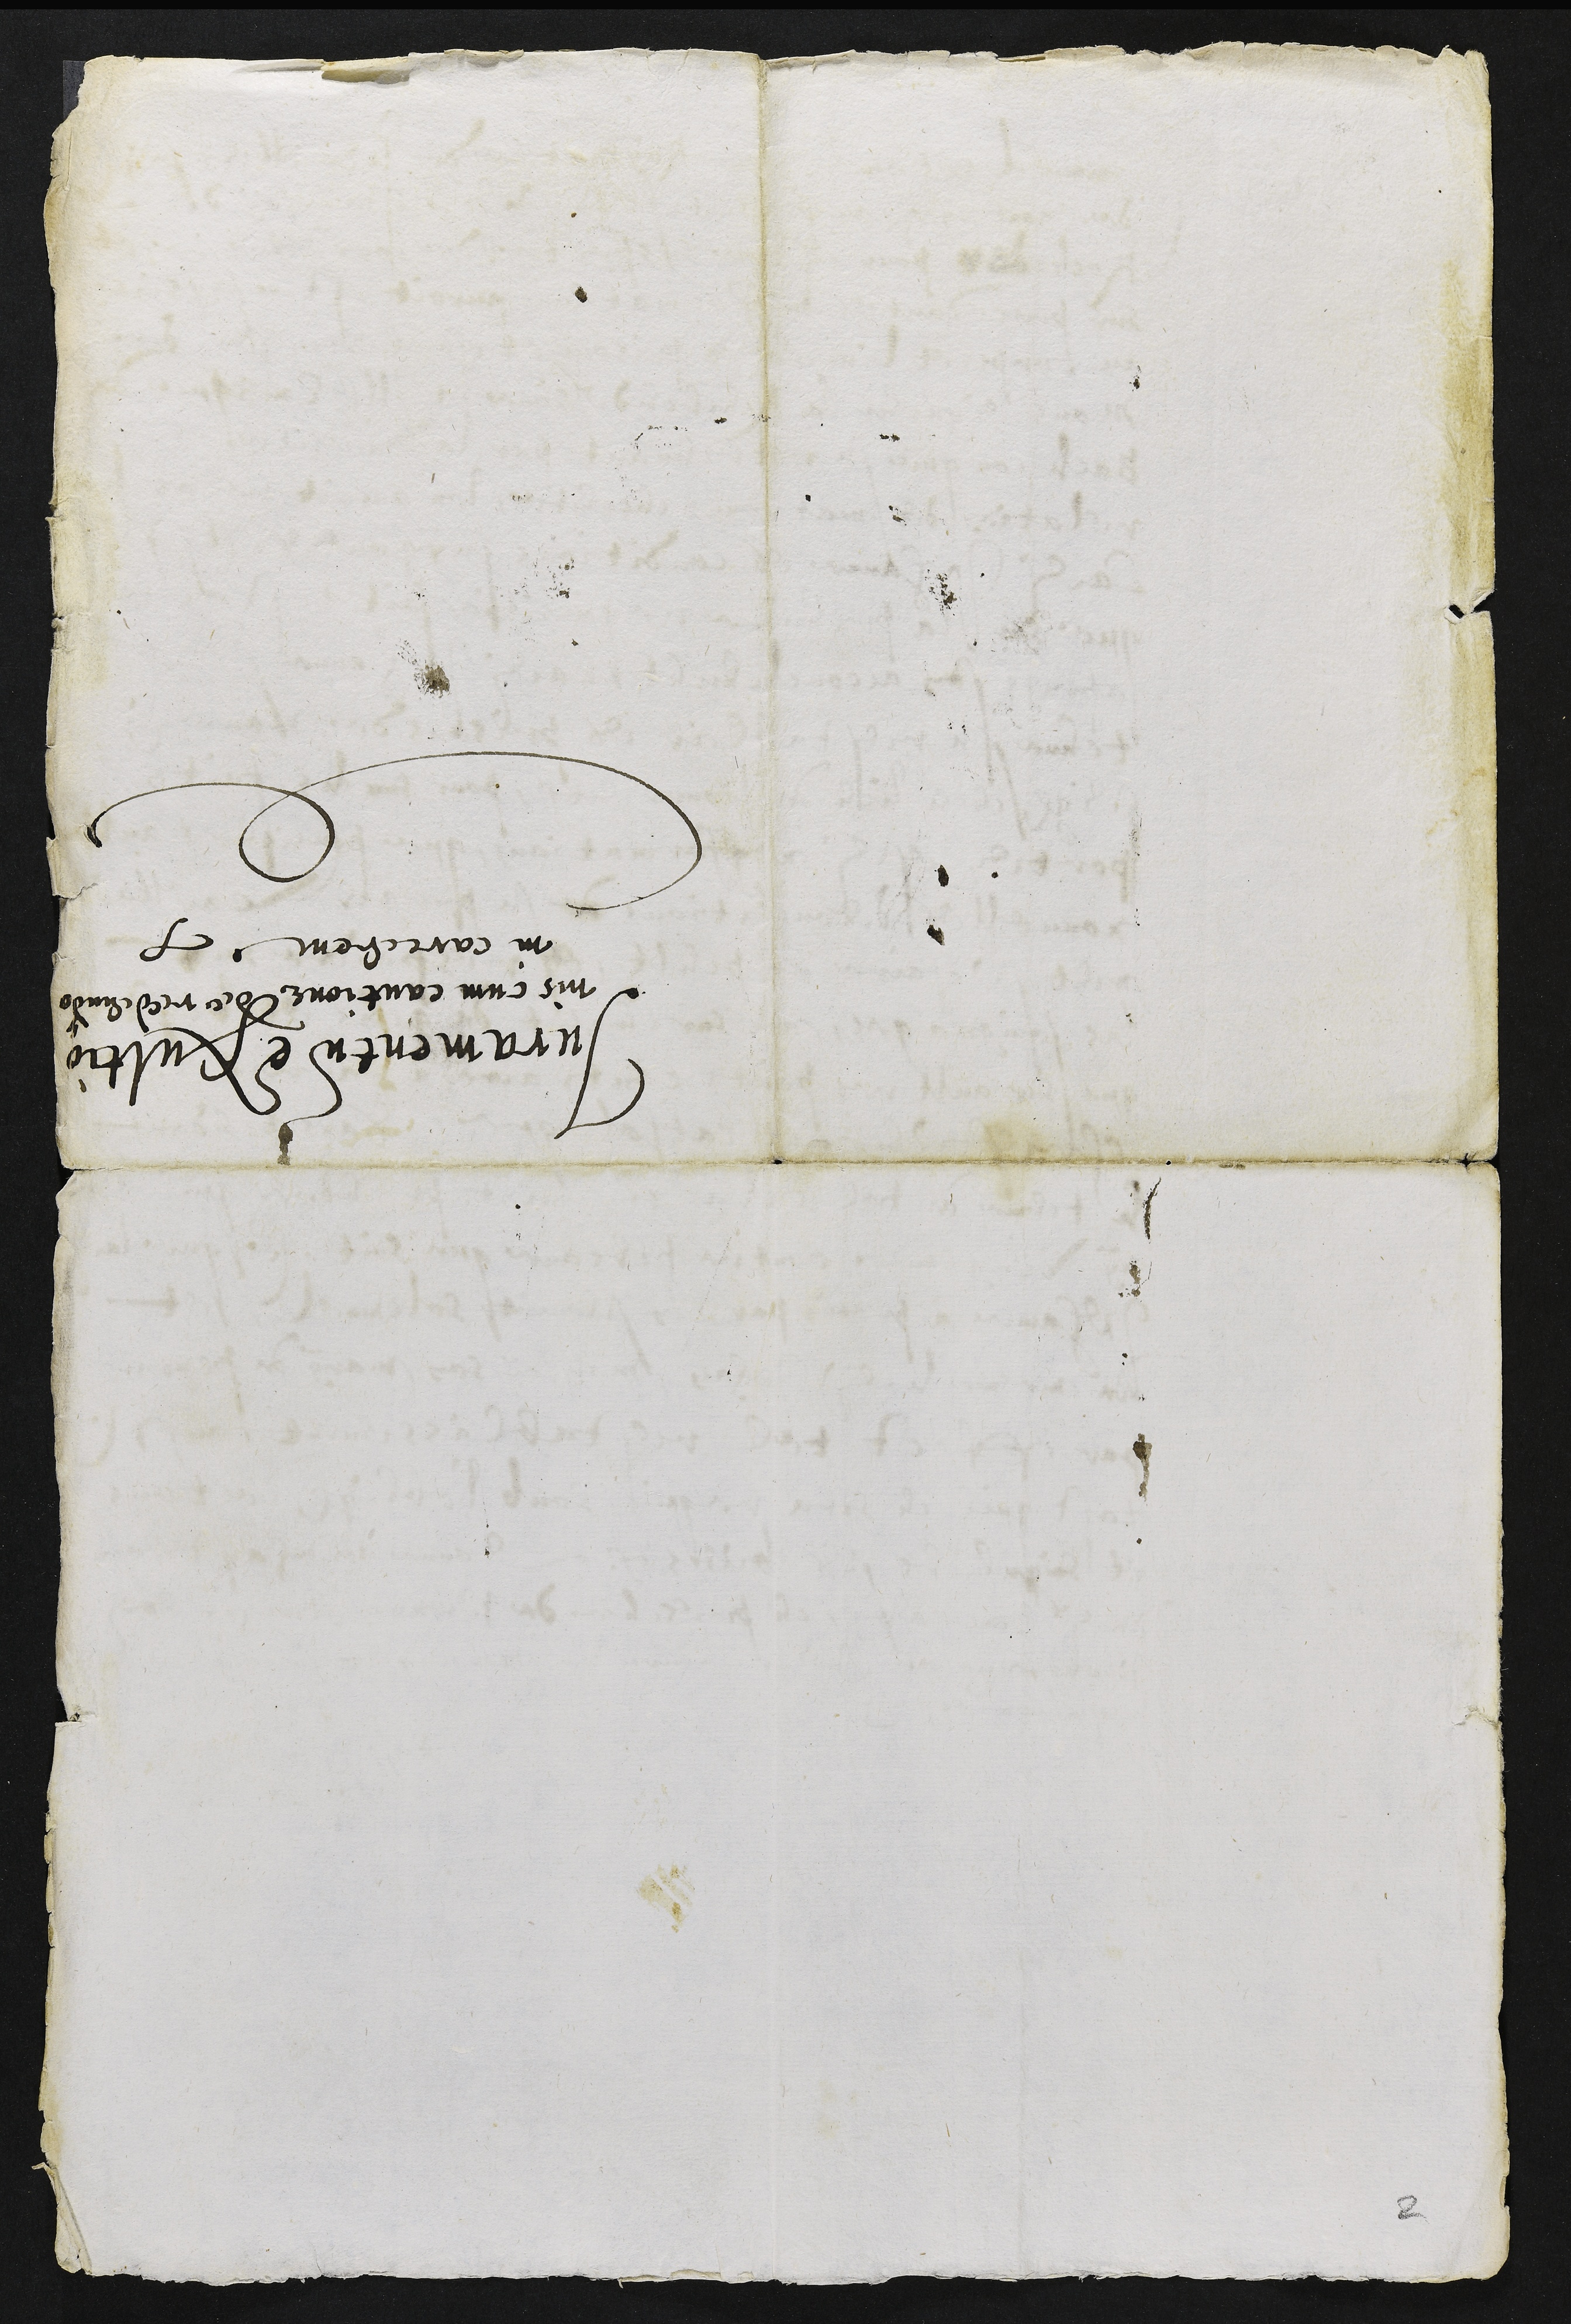
Juramentum exultio
nis cum cautione de redendo
in carcerem

2